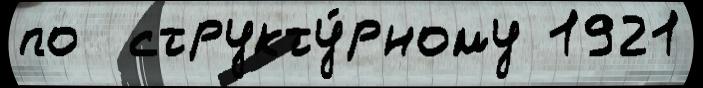
по  структу́рному 1921